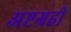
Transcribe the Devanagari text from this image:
अष्टग्रही